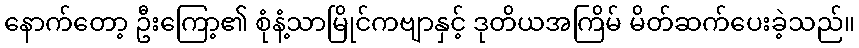
နောက်တော့ ဦးကြော့၏ စုံနံ့သာမြိုင်ကဗျာနှင့် ဒုတိယအကြိမ် မိတ်ဆက်ပေးခဲ့သည်။